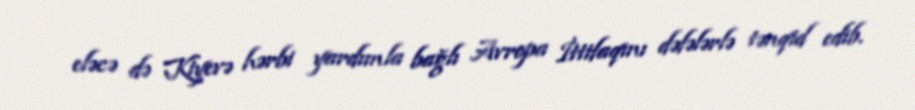
eləcə də Kiyevə hərbi yardımla bağlı Avropa İttifaqını dəfələrlə tənqid edib.